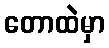
တောထဲမှာ